Bréfritari: Ásgeir Tryggvi Friðgeirsson
Viðtakandi: Einar Friðgeirsson
Dagsetning: A-1896-10-01
Skrifað á: Bíldudal  V-Barð.
Ásgeir er bróðir Einars

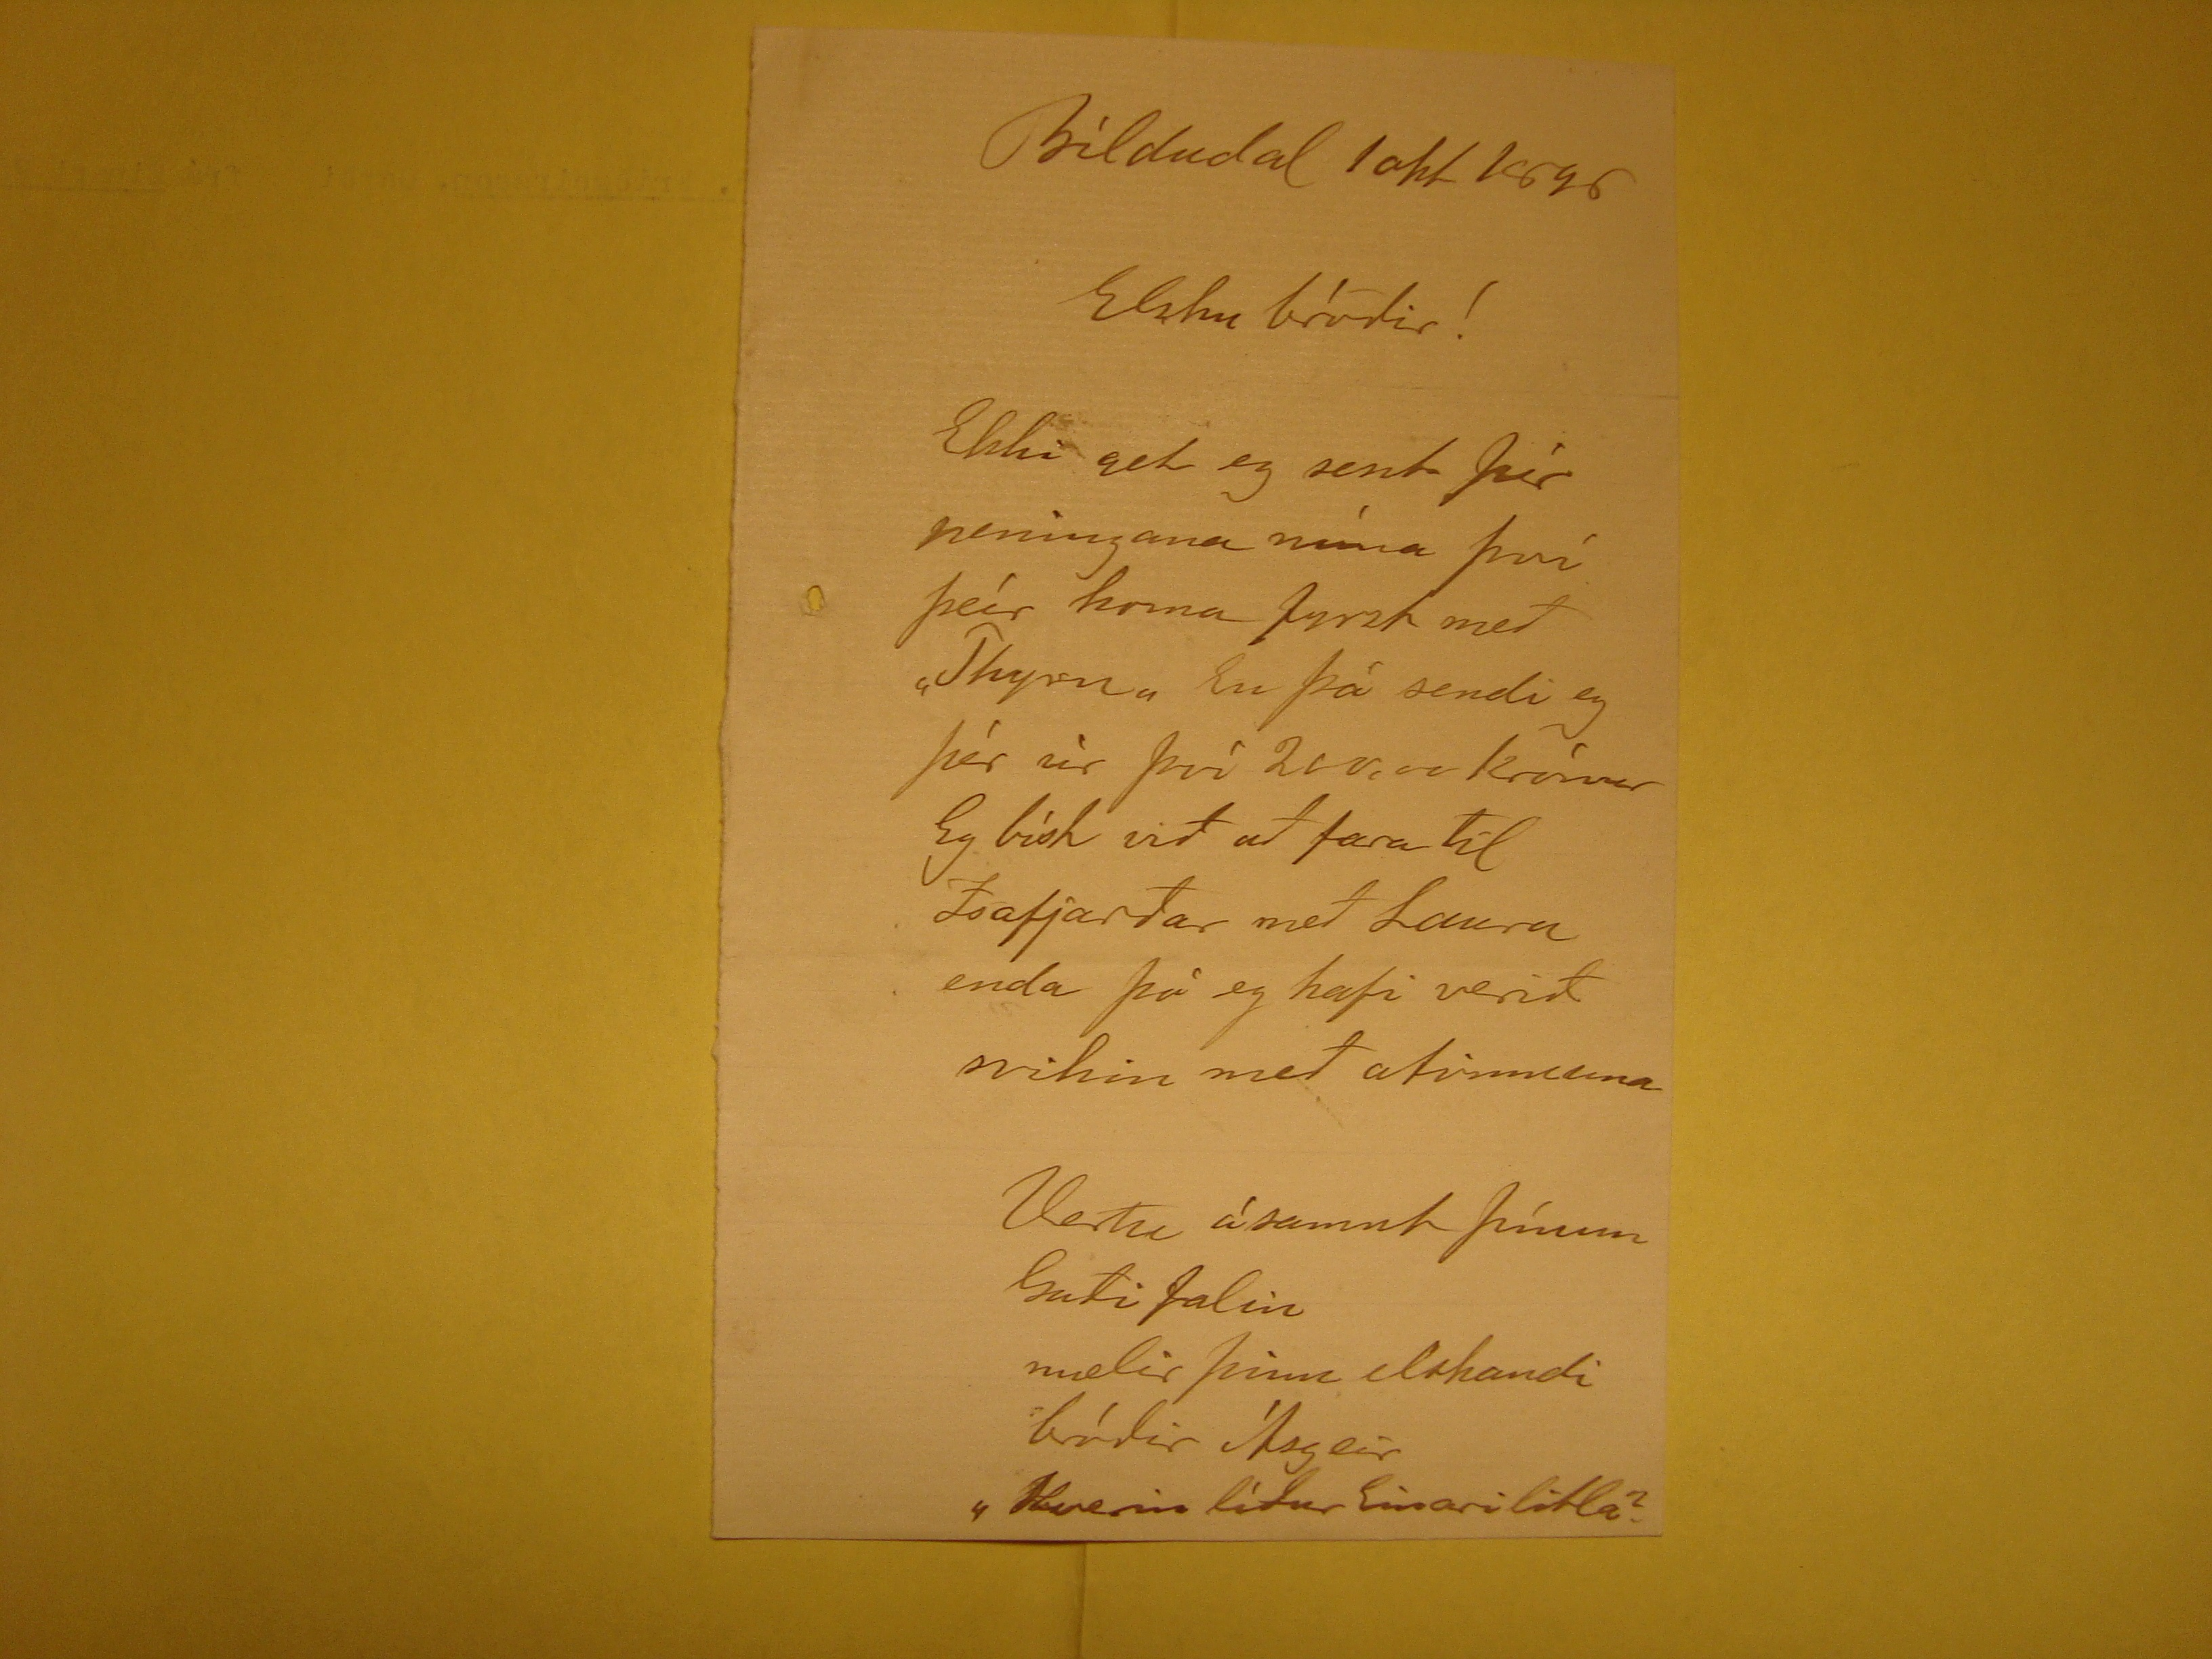

Bíldudal 1okt 1896
Elsku bróðir!
Ekki get eg sent þér peningana mína því þeír koma fyrst með "Thyrn" En þá sendi eg þér úr því
200,00
krónur Eg bíst við að fara til Isafjarðar með Lauru
enda þó eg hafi verið svikin með atvinnuna
Vertu ásamnt þínum Guði falin mælir þinn elskandi bróðir Ásgeir
"hverin líður Einari litla?